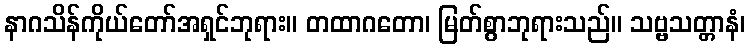
နာဂသိန်ကိုယ်တော်အရှင်ဘုရား။ တထာဂတော၊ မြတ်စွာဘုရားသည်။ သဗ္ဗသတ္တာနံ၊